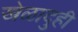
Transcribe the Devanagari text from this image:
खेळादुही